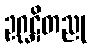
ဥဂ္ဃဋိတညု